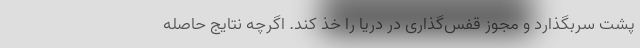
پشت سربگذارد و مجوز قفس‌گذاری در دریا را خذ کند. اگرچه نتایج حاصله